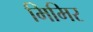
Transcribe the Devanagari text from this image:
मिमिर